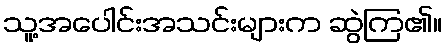
သူ့အပေါင်းအသင်းများက ဆွဲကြ၏။